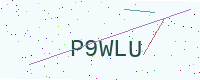
Text: P9WLU